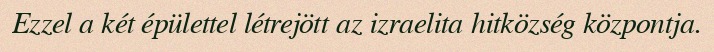
Ezzel a két épülettel létrejött az izraelita hitközség központja.